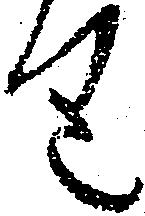
り